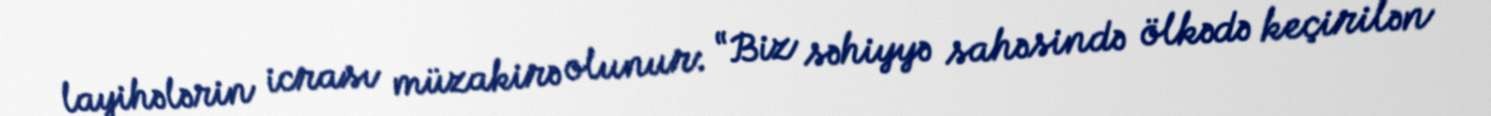
layihələrin icrası müzakirə olunur: “Biz səhiyyə sahəsində ölkədə keçirilən